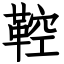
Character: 鞚